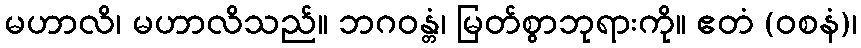
မဟာလိ၊ မဟာလိသည်။ ဘဂဝန္တံ၊ မြတ်စွာဘုရားကို။ ဧတံ (ဝစနံ)၊